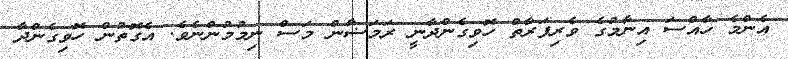
އެންމެ ހާއްސަ އިނާމުގެ ވެރިފަރާތް ހޮވިގެންދާނީ ރަމަޟާން މަސް ނިމުމުންނެވެ. އެގޮތުން ހޮވިގެންދާ